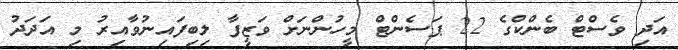
އަދި ވެސްޓް ބެންކްގެ 22 ޕަސެންޓް މީހުންނަށް ވަޒީފާ ލިބިފައިނުވާއިރު މި އަދަދު